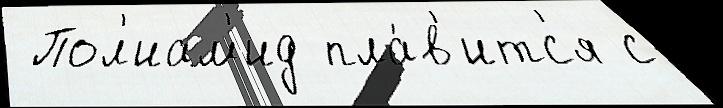
 Пол'иам'ид пла́в'итс'я с